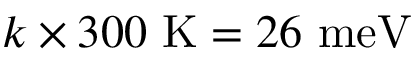
k \times 3 0 0 ~ \mathrm { K } = 2 6 ~ \mathrm { m e V }